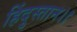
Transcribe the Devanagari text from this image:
हिंदुस्तान।।